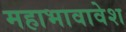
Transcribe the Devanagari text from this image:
महाभावावेश